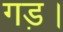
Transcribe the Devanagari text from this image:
गड़।